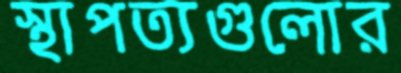
স্থাপত্যগুলোর